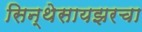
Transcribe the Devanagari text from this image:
सिन्थेसायझरचा